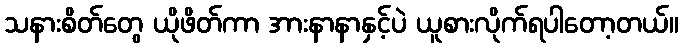
သနားစိတ်တွေ ယိုဖိတ်ကာ အားနာနာနှင့်ပဲ ယူစားလိုက်ရပါတော့တယ်။